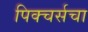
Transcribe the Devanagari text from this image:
पिक्चर्सचा